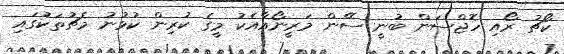
ކޯޗު ރޯއި ހޮޖްސަން ބުނީ ސޭން މަރީނޯއާއެކު މީގެ ކުރިން ކުޅުނު މެޗުތަކުގައި